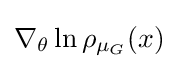
\nabla _{\theta }\ln \rho _{\mu _{G}}(x)